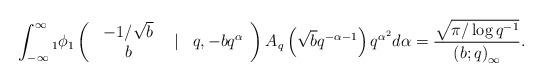
LaTeX: \begin{align*}\int_{-\infty}^{\infty}{}_{1}\phi_{1}\left(\begin{array}{ccc}\begin{array}{c}-1/\sqrt{b}\\b\end{array} & \vert & q,-bq^{\alpha}\end{array}\right)A_{q}\left(\sqrt{b}q^{-\alpha-1}\right)q^{\alpha^{2}}d\alpha=\frac{\sqrt{\pi/\log q^{-1}}}{\left(b;q\right)_{\infty}}.\end{align*}